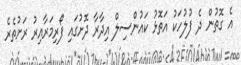
އެ ގޮތުން ދެ ފުލުހަކު އަތޮޅު ކައުންސިލް އިދާރާ ދޮށުގައި ފޯރިމަރާއިރު ރަށުތެރެ